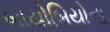
બાયોબિયોના